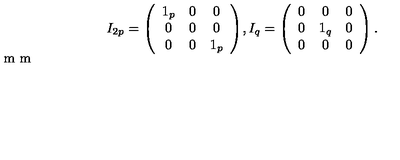
I _ { 2 p } = \left( \begin{array} { c c c } { 1 _ { p } } & { 0 } & { 0 } \\ { 0 } & { 0 } & { 0 } \\ { 0 } & { 0 } & { 1 _ { p } } \\ \end{array} \right) \! , I _ { q } = \left( \begin{array} { c c c } { 0 } & { 0 } & { 0 } \\ { 0 } & { 1 _ { q } } & { 0 } \\ { 0 } & { 0 } & { 0 } \\ \end{array} \right) . \vspace { 2 m m }